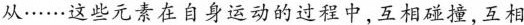
从……这些元素在自身运动的过程中,互相碰撞,互相